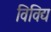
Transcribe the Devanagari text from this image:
विविद्य